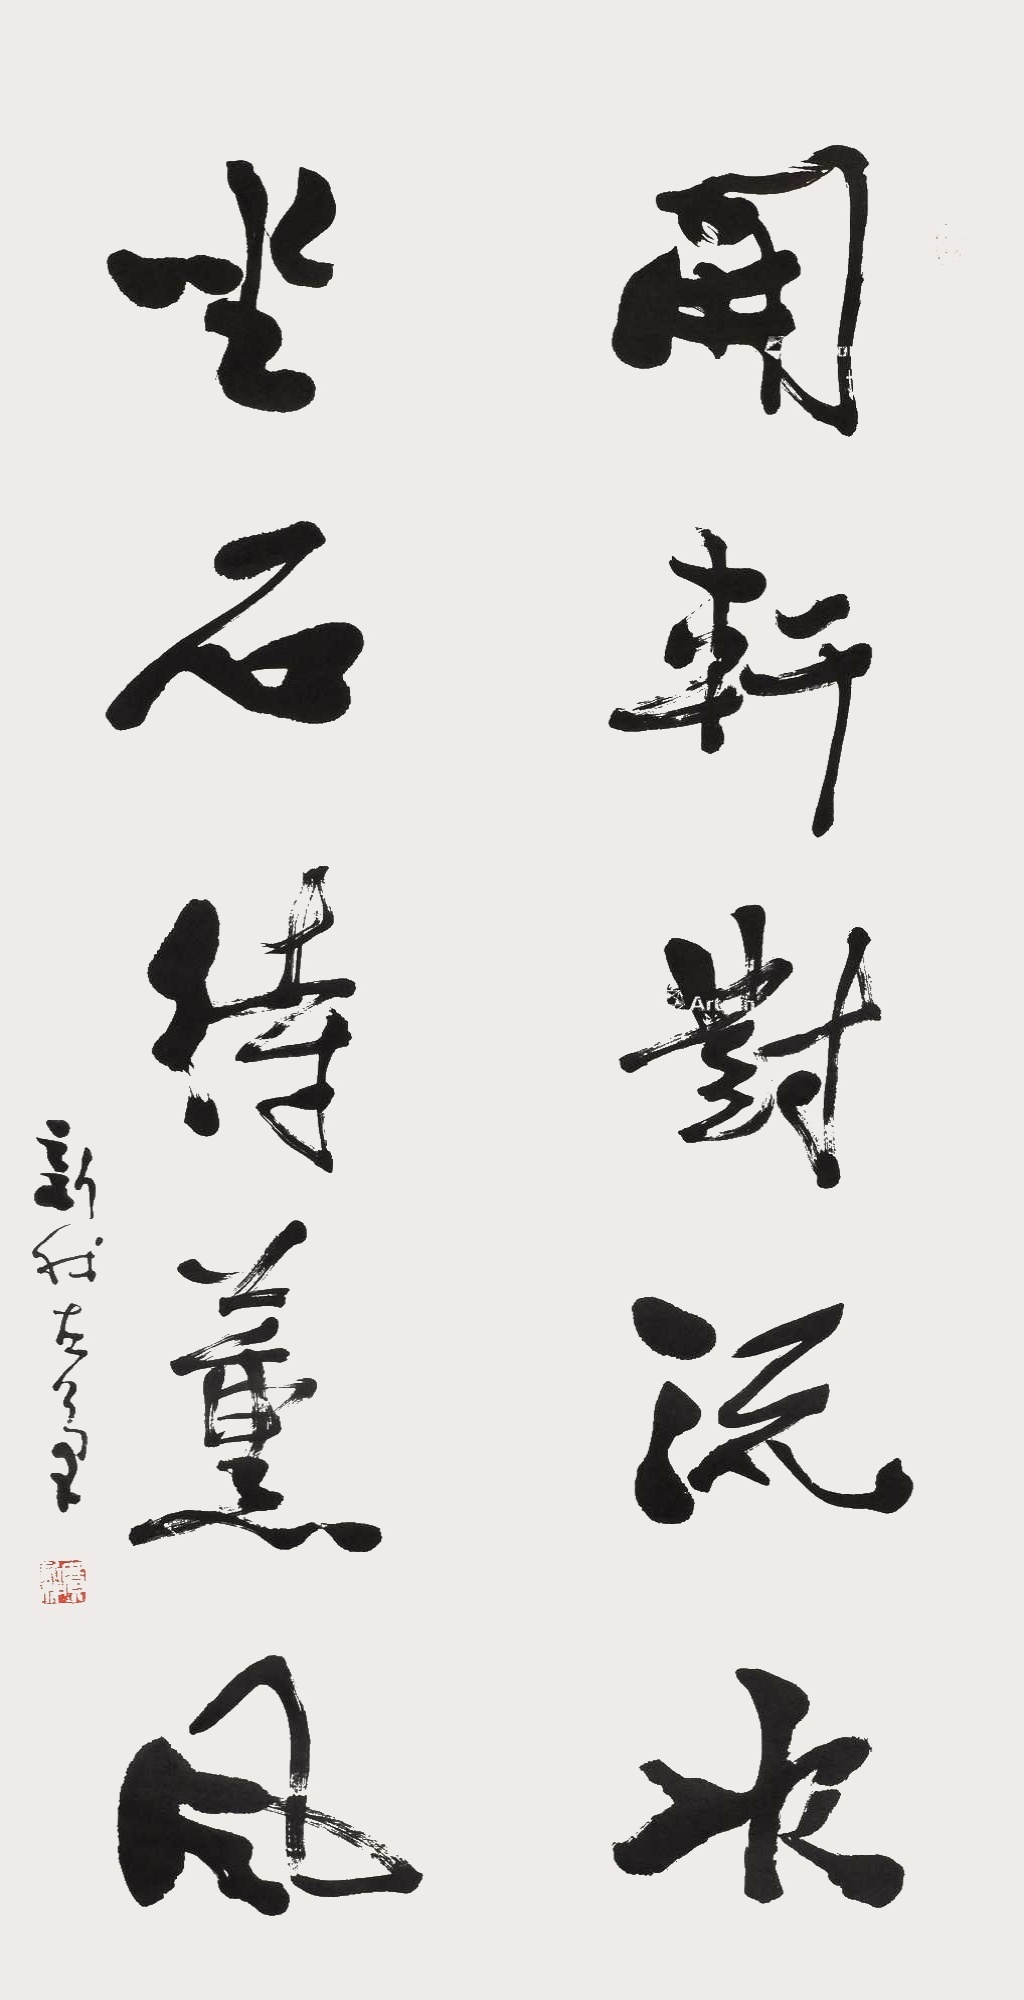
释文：开轩对流水，坐石待熏风。新我左笔。